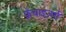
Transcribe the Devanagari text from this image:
फ़्रेंचाइज़रों